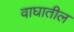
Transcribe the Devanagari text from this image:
वाघातील